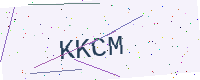
Text: KKCM